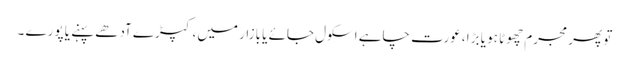
تو پھر مجرم چھوٹا ہو یا بڑا ،عورت چاہے اسکول جائے یا بازار میں، کپڑے آدھے پہنے یا پورے ۔